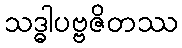
သဒ္ဓါပဗ္ဗဇိတဿ